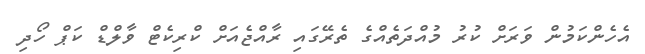
އެހެންކަމުން ވަރަށް ކުރު މުއްދަތެއްގެ ތެރޭގައި ރާއްޖެއަށް ކްރިކެޓް ވާލްޑް ކަޕް ހޯދި